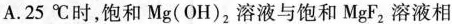
A.25℃时，饱和Mg(OH)_{2}溶液与饱和MgF_{2}溶液相